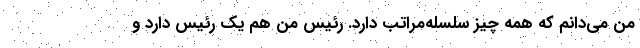
من می‌دانم که همه چیز سلسله‌مراتب دارد. رئیس من هم یک رئیس دارد و